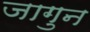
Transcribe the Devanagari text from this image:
जागुन